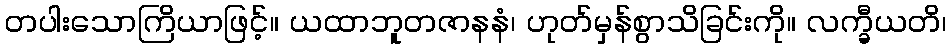
တပါးသောကြိယာဖြင့်။ ယထာဘူတဇာနနံ၊ ဟုတ်မှန်စွာသိခြင်းကို။ လက္ခီယတိ၊